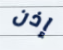
إذن